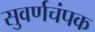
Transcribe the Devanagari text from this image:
सुवर्णचंपक